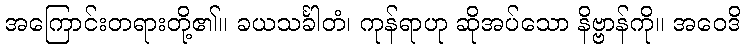
အကြောင်းတရားတို့၏။ ခယသင်္ခါတံ၊ ကုန်ရာဟု ဆိုအပ်သော နိဗ္ဗာန်ကို။ အဝေဒိ